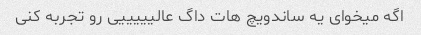
اگه میخوای یه ساندویچ هات داگ عالیییییی رو تجربه کنی